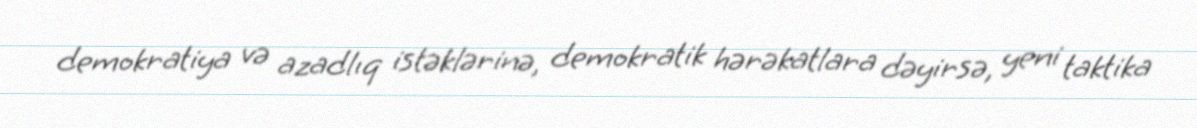
demokratiya və azadlıq istəklərinə, demokratik hərəkatlara dəyirsə, yeni taktika